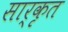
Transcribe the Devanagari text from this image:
सार्कृत